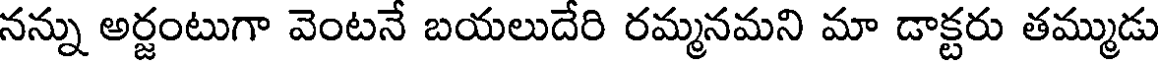
నన్ను అర్జంటుగా వెంటనే బయలుదేరి రమ్మనమని మా డాక్టరు తమ్ముడు